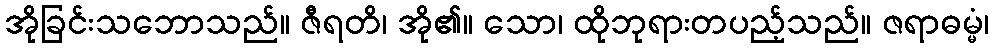
အိုခြင်းသဘောသည်။ ဇီရတိ၊ အို၏။ သော၊ ထိုဘုရားတပည့်သည်။ ဇရာဓမ္မံ၊